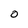
Character: 0